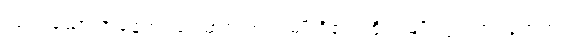
လုံးပါသော အနေကဿရဓာတ်ဟု ၂ မျိုးရှိ၏၊ ထို ၂ မျိုးတွင် ဤသုတ်က